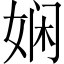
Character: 娴